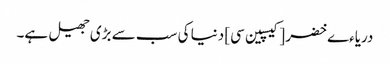
دریاءے خضر [کیسپین سی] دنیا کی سب سے بڑی جھیل ہے۔